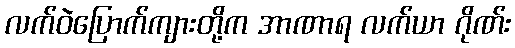
လက်ဝဲပြောက်ကျားတို့က အာဏာရ လက်ယာ ဂိုဏ်း